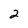
Character: 2